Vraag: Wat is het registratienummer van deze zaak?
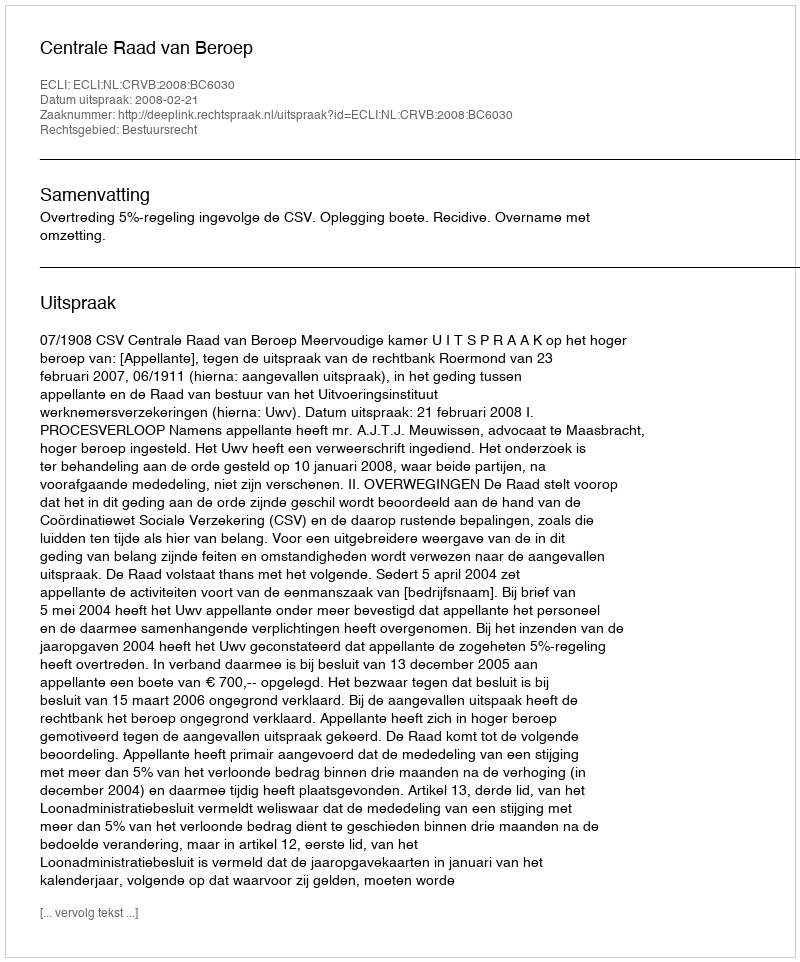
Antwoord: http://deeplink.rechtspraak.nl/uitspraak?id=ECLI:NL:CRVB:2008:BC6030